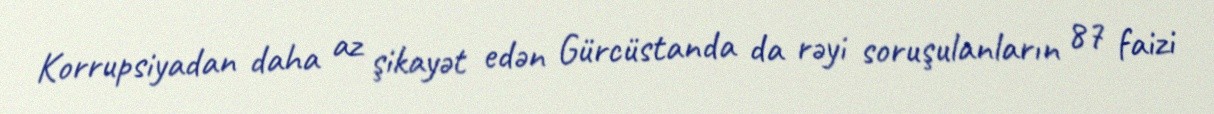
Korrupsiyadan daha az şikayət edən Gürcüstanda da rəyi soruşulanların 87 faizi